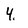
Character: 4